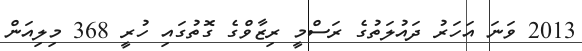
2013 ވަނަ އަހަރު ދައުލަތުގެ ރަސްމީ ރިޒާވްގެ ގޮތުގައި ހުރީ 368 މިލިއަން